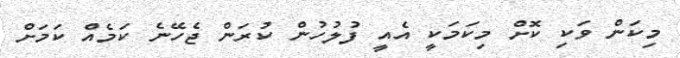
މިކަން ވަކި ކޮށް މިކަމަކީ އެއީ ފުލުހުން ކުރަން ޖެހޭނެ ކަމެއް ކަމަށް